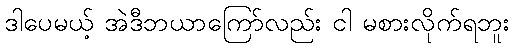
ဒါပေမယ့် အဲဒီဘယာကြော်လည်း ငါ မစားလိုက်ရဘူး